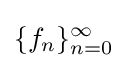
\{f_{n}\}_{n=0}^{\infty }